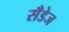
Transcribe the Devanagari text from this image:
सँडेज